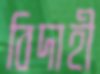
বিদাহী